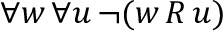
\forall w \, \forall u \, \neg ( w \, R \, u )